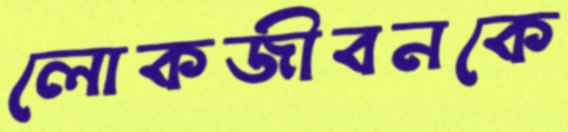
লোকজীবনকে